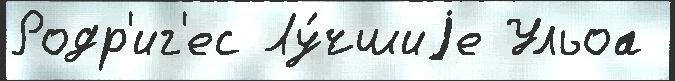
Родр'иг'ес Лу́чшиjе Ульоа